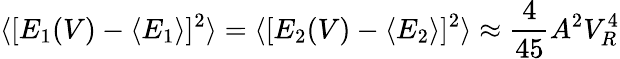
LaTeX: \langle[E_{1}(V)-\langle E_{1}\rangle]^{2}\rangle=\langle[E_{2}(V)-\langle E_{2}\rangle]^{2}\rangle\approx\frac{4}{45}A^{2}V_{R}^{4}